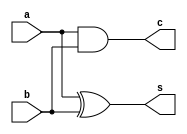
`timescale 1ns / 1ps
//////////////////////////////////////////////////////////////////////////////////
// Company: 
// Engineer: 
// 
// Design Name: 
// Module Name:    Enshu1 
// Project Name: 
// Target Devices: 
// Tool versions: 
// Description: 
//
// Dependencies: 
//
// Revision: 
// Revision 0.01 - File Created
// Additional Comments: 
//
//////////////////////////////////////////////////////////////////////////////////
module Enshu1(
    input a,
    input b,
    output s,
    output c
    );
	 
	 assign s = a ^ b;
	 assign c = a & b;


endmodule